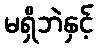
မရှိဘဲနှင့်